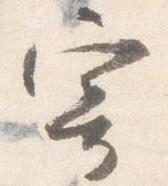
寄